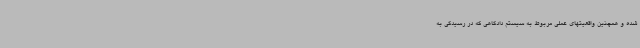
شده و همچنین واقعیتهای عملی مربوط به سیستم دادگاهی که در رسیدگی به